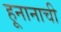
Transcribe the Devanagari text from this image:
हूनानाची